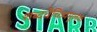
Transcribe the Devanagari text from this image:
शब्दवैचित्र्यमूलक